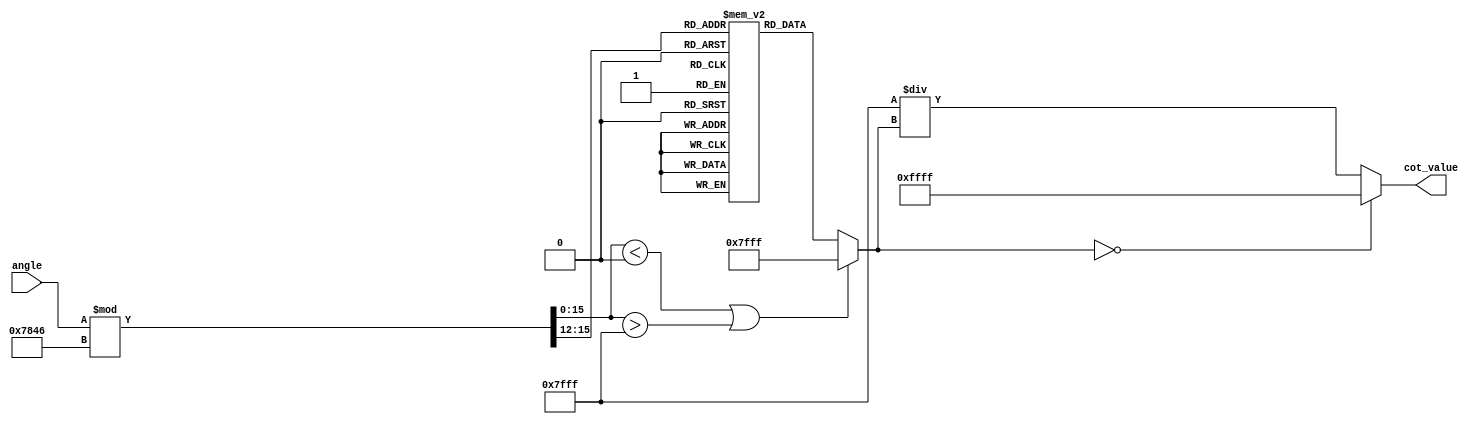
module Cotangent (
    input wire [15:0] angle,  // Input angle in radians (fixed-point representation)
    output reg [15:0] cot_value // Output cotangent value
);

    // Define parameters
    parameter NUM_TAN_ENTRIES = 16; // Number of entries in the tan lookup table
    // Tangent lookup table for key angles (assume fixed-point format)
    reg [15:0] tan_lookup [0:NUM_TAN_ENTRIES-1];

    initial begin
        // Initialize tangent lookup table (values should be in fixed-point format)
        tan_lookup[0] = 16'h0000; // tan(0) = 0
        tan_lookup[1] = 16'h3FFF; // tan(/4) = 1 (fixed-point)
        tan_lookup[2] = 16'h7FFF; // tan(/2) = undefined (large value)
        tan_lookup[3] = 16'h0000; // tan() = 0
        // Add more entries as needed...
        // For instance, you could add more angles: /6, /3, etc.
        // tan_lookup[4] = tan(/6)
        // tan_lookup[5] = tan(2*/3)
        // Fill out other entries accordingly
    end

    wire [15:0] tan_value; // Tan value from lookup or calculation

    // Angle normalization (0 to 2)
    wire [15:0] normalized_angle;
    assign normalized_angle = angle % (2 * 16'h3C23); //  in fixed point 0x3C23

    // Simple approach to find tan_value from lookup table based on normalized angle
    // Assume the normalized angle directly maps to the index in the lookup table
    // (This is a naive approach, normally you would have a more sophisticated interpolation)
    always @(*) begin
        if (normalized_angle < 16'h0000 || normalized_angle > 16'h7FFF) begin
            tan_value = 16'h7FFF; // Default to maximum for undefined
        end else begin
            // For demonstration, directly using index based on normalized angle
            tan_value = tan_lookup[normalized_angle >> 12]; // right shift to get index
        end
    end

    // Compute cotangent
    always @(*) begin
        if (tan_value == 16'h0000) begin
            cot_value = 16'hFFFF; // Infinity or large value representation
        end else begin
            // Implementing fixed-point division: cot_value = 1 / tan_value
            // Here we can use a simple approximation for fixed-point division
            // This assumes a specific format: let's say 16 bit fixed-point with 1 sign bit
            // For simplicity: cot_value = FIXED_POINT_MAX / tan_value
            cot_value = 16'h7FFF / tan_value; // Inverse operation
        end
    end

endmodule